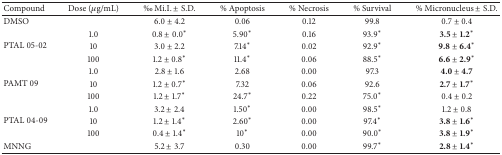
<table><thead><tr><td><b>Compound</b></td><td><b>Dose (<i>μ</i>g/mL)</b></td><td><b>‰ Mi.I.± S.D.</b></td><td><b>% Apoptosis</b></td><td><b>% Necrosis</b></td><td><b>% Survival</b></td><td><b>% Micronucleus ± S.D.</b></td></tr></thead><tbody><tr><td>DMSO</td><td> </td><td>6.0 ± 4.2</td><td>0.06</td><td>0.12</td><td>99.8</td><td>0.7 ± 0.4</td></tr><tr><td rowspan="3">PTAL 05-02</td><td>1.0</td><td>0.8 ± 0.0*</td><td>5.90*</td><td>0.16</td><td>93.9*</td><td><b>3.5 </b>±<b> 1.2</b>*</td></tr><tr><td>10</td><td>3.0 ± 2.2</td><td>7.14*</td><td>0.02</td><td>92.9*</td><td><b>9.8 </b>±<b> 6.4</b>*</td></tr><tr><td>100</td><td>1.2 ± 0.8*</td><td>11.4*</td><td>0.06</td><td>88.5*</td><td><b>6.6 </b>±<b> 2.9</b>*</td></tr><tr><td rowspan="3">PAMT 09</td><td>1.0</td><td>2.8 ± 1.6</td><td>2.68</td><td>0.00</td><td>97.3</td><td><b>4.0 </b>±<b> 4.7</b></td></tr><tr><td>10</td><td>1.2 ± 0.7*</td><td>7.32</td><td>0.06</td><td>92.6</td><td><b>2.7 </b>±<b> 1.7</b>*</td></tr><tr><td>100</td><td>1.2 ± 1.7*</td><td>24.7*</td><td>0.22</td><td>75.0*</td><td>0.4 ± 0.2</td></tr><tr><td rowspan="3">PTAL 04-09</td><td>1.0</td><td>3.2 ± 2.4</td><td>1.50*</td><td>0.00</td><td>98.5*</td><td>1.2 ± 0.8</td></tr><tr><td>10</td><td>1.2 ± 1.4*</td><td>2.60*</td><td>0.00</td><td>97.4*</td><td><b>3.8 </b>±<b> 1.6</b>*</td></tr><tr><td>100</td><td>0.4 ± 1.4*</td><td>10*</td><td>0.00</td><td>90.0*</td><td><b>3.8 </b>±<b> 1.9</b>*</td></tr><tr><td>MNNG</td><td> </td><td>5.2 ± 3.7</td><td>0.30</td><td>0.00</td><td>99.7*</td><td><b>2.8 </b>±<b> 1.4</b>*</td></tr></tbody></table>